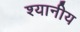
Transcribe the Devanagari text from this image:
श्यानीय